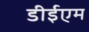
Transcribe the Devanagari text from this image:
डीईएम